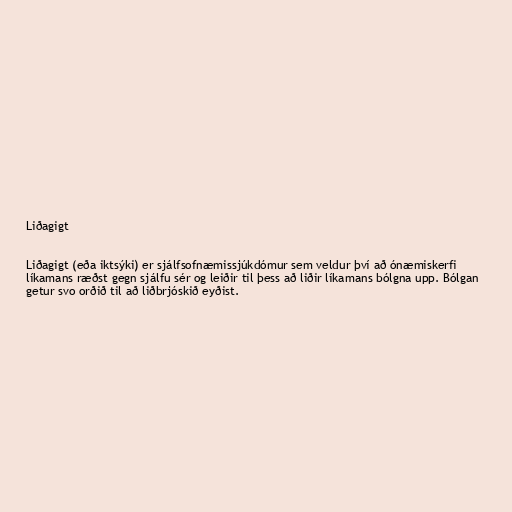
Liðagigt

Liðagigt (eða iktsýki) er sjálfsofnæmissjúkdómur sem veldur því að ónæmiskerfi
líkamans ræðst gegn sjálfu sér og leiðir til þess að liðir líkamans bólgna upp. Bólgan
getur svo orðið til að liðbrjóskið eyðist.